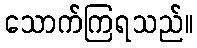
သောက်ကြရသည်။